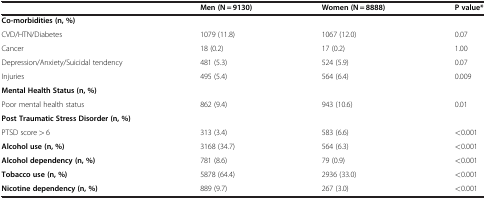
|  | Men (N = 9130) | Women (N = 8888) | P value* |
 | --- | --- | --- | --- |
 | Co-morbidities (n, %) |  |  |  |
 | CVD/HTN/Diabetes | 1079 (11.8) | 1067 (12.0) | 0.07 |
 | Cancer | 18 (0.2) | 17 (0.2) | 1.00 |
 | Depression/Anxiety/Suicidal tendency | 481 (5.3) | 524 (5.9) | 0.07 |
 | Injuries | 495 (5.4) | 564 (6.4) | 0.009 |
 | Mental Health Status (n, %) |  |  |  |
 | Poor mental health status | 862 (9.4) | 943 (10.6) | 0.01 |
 | Post Traumatic Stress Disorder (n, %) |  |  |  |
 | PTSD score <underline>></underline> 6 | 313 (3.4) | 583 (6.6) | <0.001 |
 | Alcohol use (n, %) | 3168 (34.7) | 564 (6.3) | <0.001 |
 | Alcohol dependency (n, %) | 781 (8.6) | 79 (0.9) | <0.001 |
 | Tobacco use (n, %) | 5878 (64.4) | 2936 (33.0) | <0.001 |
 | Nicotine dependency (n, %) | 889 (9.7) | 267 (3.0) | <0.001 |